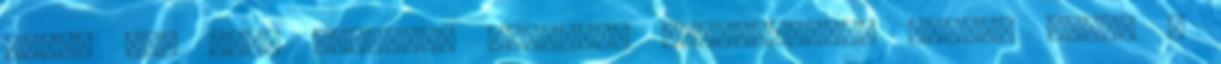
érjen baj című könyvünk ugyanúgy csökkentheti hosszú távon a